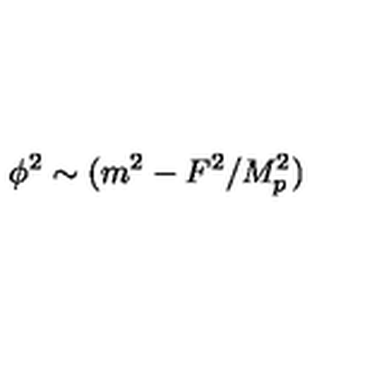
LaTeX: \phi ^ { 2 } \sim ( m ^ { 2 } - F ^ { 2 } / M _ { p } ^ { 2 } )